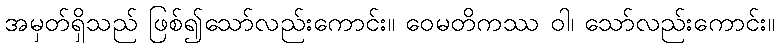
အမှတ်ရှိသည် ဖြစ်၍သော်လည်းကောင်း။ ဝေမတိကဿ ဝါ၊ သော်လည်းကောင်း။